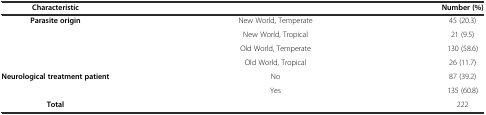
<table><thead><tr><td><b>Characteristic</b></td><td></td><td><b>Number (%)</b></td></tr></thead><tbody><tr><td><b>Parasite origin</b></td><td>New World, Temperate</td><td>45 (20.3)</td></tr><tr><td></td><td>New World, Tropical</td><td>21 (9.5)</td></tr><tr><td></td><td>Old World, Temperate</td><td>130 (58.6)</td></tr><tr><td></td><td>Old World, Tropical</td><td>26 (11.7)</td></tr><tr><td><b>Neurological treatment patient</b></td><td>No</td><td>87 (39.2)</td></tr><tr><td></td><td>Yes</td><td>135 (60.8)</td></tr><tr><td><b>Total</b></td><td></td><td>222</td></tr></tbody></table>